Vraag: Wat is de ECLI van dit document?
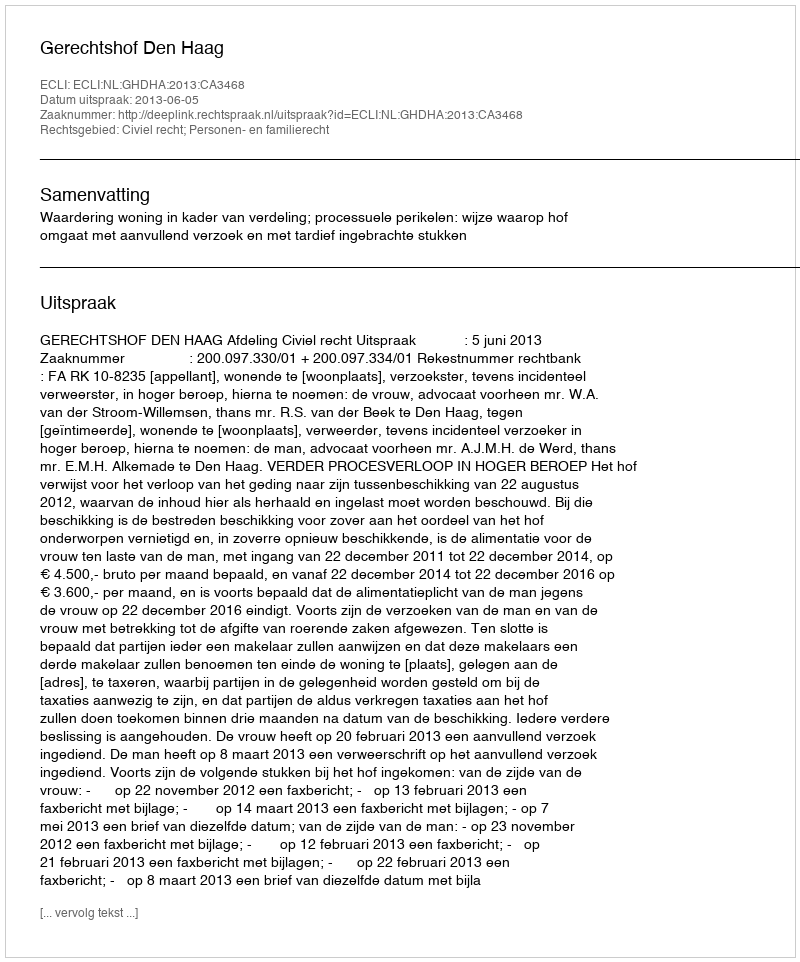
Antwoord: ECLI:NL:GHDHA:2013:CA3468